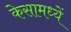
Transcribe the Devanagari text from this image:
केसामध्यें